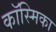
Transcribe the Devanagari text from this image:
कॉस्मिका